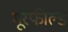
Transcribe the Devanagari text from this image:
मूरफील्ड